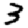
Digit: 3